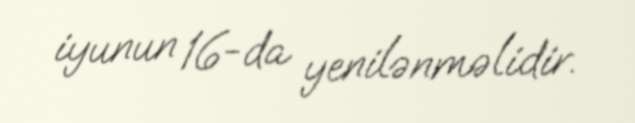
iyunun 16-da yenilənməlidir.